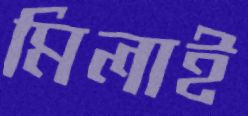
মিলাই